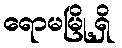
ရောမမြို့ရှိ